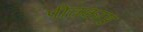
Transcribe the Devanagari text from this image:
पीतकाष्ठ